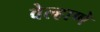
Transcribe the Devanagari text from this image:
वेल्हाणे